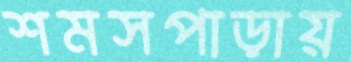
শমসপাড়ায়